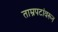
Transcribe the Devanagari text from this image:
ताम्रपटांवरून